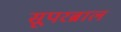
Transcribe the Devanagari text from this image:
सूपरब्राल